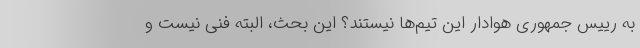
به رییس جمهوری هوادار این تیم‌ها نیستند؟ این بحث، البته فنی نیست و